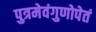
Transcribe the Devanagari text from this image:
पुत्रमेवंगुणोपेतं